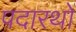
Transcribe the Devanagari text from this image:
पदारथों